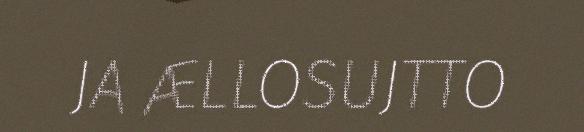
JA ÆLLOSUJTTO